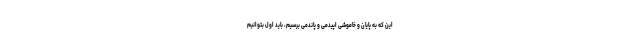
این که به پایان و خاموشی اپیدمی و پاندمی برسیم، باید اول بتوانیم